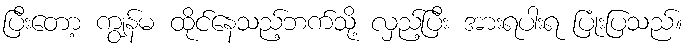
ပြီးတော့ ကျွန်မ ထိုင်နေသည့်ဘက်သို့ လှည့်ပြီး အားရပါးရ ပြုံးပြသည်။